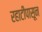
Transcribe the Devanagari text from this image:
रहाटीपासून